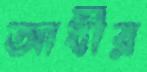
আধীর